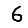
Digit: 6